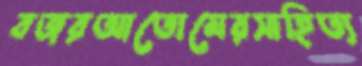
বজরআতোমেরসাহিত্য